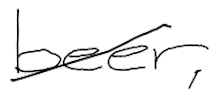
Text: beer,
Cross-out: diagonal
Writing tool: digital_black